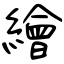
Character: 繪